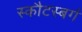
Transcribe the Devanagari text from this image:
स्कौटस्बर्ग